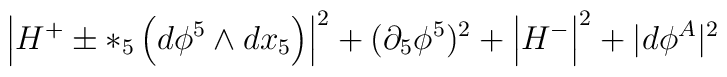
\left|H^+ \pm *_5\left(d\phi^5\wedge dx_5\right)\right|^2 + (\partial_5 \phi^5)^2 + \left|H^-\right|^2 + |d\phi^A|^2